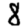
Digit: 8